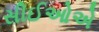
સીઈઓએ